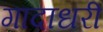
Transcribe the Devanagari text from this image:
गादाधरी